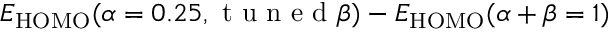
E _ { \mathrm { H O M O } } ( \alpha = 0 . 2 5 , \mathrm { ~ t ~ u ~ n ~ e ~ d ~ } \beta ) - E _ { \mathrm { H O M O } } ( \alpha + \beta = 1 )